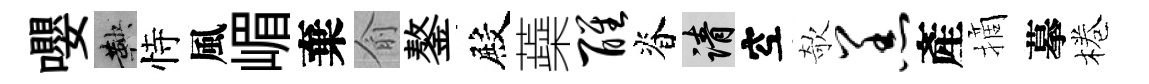
嚶鞅恃風嵋棄俞鏊殿蘃醒脊請空欹羔產摘摹棬